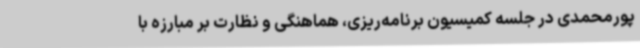
پورمحمدی در جلسه کمیسیون برنامه‌ریزی، هماهنگی و نظارت بر مبارزه با